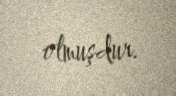
olmuşdur.